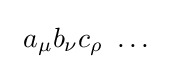
\ a_{\mu }b_{\nu }c_{\rho }\ \ldots \